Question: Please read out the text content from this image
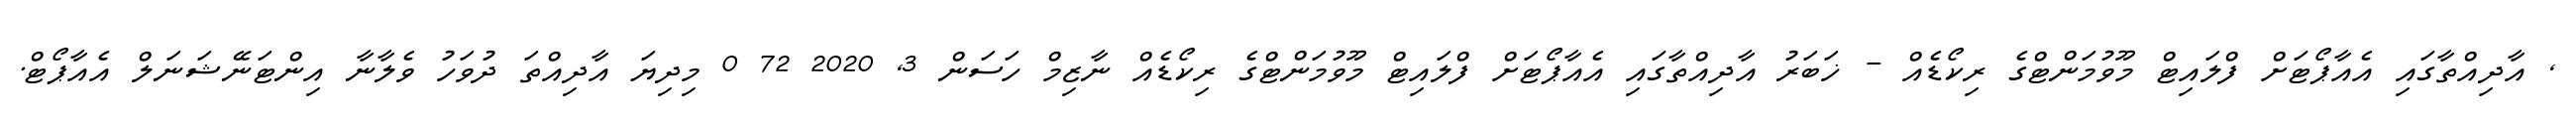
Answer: , އާދިއްތާގައި އެއާޕޯޓަށް ފްލައިޓް މޫވުމަންޓްގެ ރިކޯޑެއް - ޚަބަރު އާދިއްތާގައި އެއާޕޯޓަށް ފްލައިޓް މޫވުމަންޓްގެ ރިކޯޑެއް ނާޒިމް ހަސަން 3, 2020 72 0 މިދިޔަ އާދިއްތަ ދުވަހު ވެލާނާ އިންޓަނޭޝަނަލް އެއާޕޯޓް.